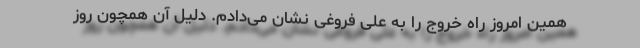
همین امروز راه خروج را به علی فروغی نشان می‌دادم. دلیل آن همچون روز